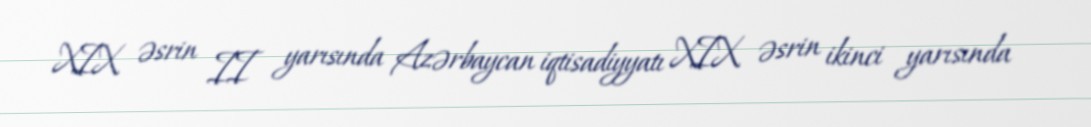
XIX əsrin II yarısında Azərbaycan iqtisadiyyatı XIX əsrin ikinci yarısında